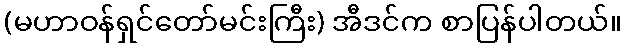
(မဟာဝန်ရှင်တော်မင်းကြီး) အီဒင်က စာပြန်ပါတယ်။